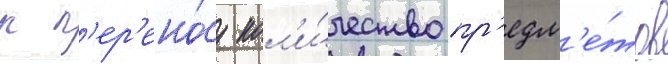
к п'ер'ено́су кол'и́чество пр'едм'е́тов